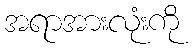
အရာအားလုံးကို